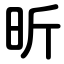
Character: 昕